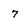
Character: 7